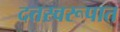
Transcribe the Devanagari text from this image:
दत्तस्वरूपात